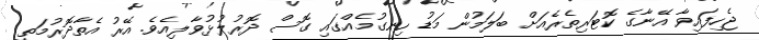
ޖެހިިފައިވާ އޭނާގެ ކޮޓަރިތެރެއަށް ބަލަމުން މަޑު ހިނގުމެއްގައި ގޮސް ދޮރުލުޅުވާލިއެވެ. އޭރު އެތާދޮރުމަތީ